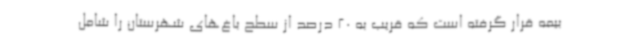
بیمه قرار گرفته است که قریب به 20 درصد از سطح باغ‌های شهرستان را شامل